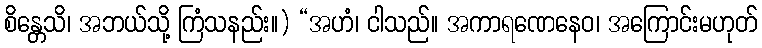
စိန္တေသိ၊ အဘယ်သို့ ကြံသနည်း။) “အဟံ၊ ငါသည်။ အကာရဏေနေဝ၊ အကြောင်းမဟုတ်